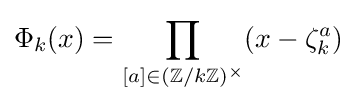
\Phi _{k}(x)=\prod _{[a]\in (\mathbb {Z} /k\mathbb {Z} )^{\times }}(x-\zeta _{k}^{a})